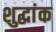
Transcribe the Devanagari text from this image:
शुद्धांक